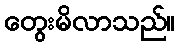
တွေးမိလာသည်။